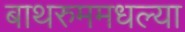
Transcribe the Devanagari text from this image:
बाथरुममधल्‍या